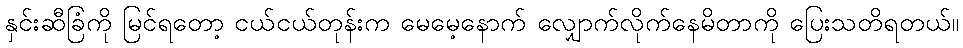
နှင်းဆီခြံကို မြင်ရတော့ ငယ်ငယ်တုန်းက မေမေ့နောက် လျှောက်လိုက်နေမိတာကို ပြေးသတိရတယ်။